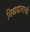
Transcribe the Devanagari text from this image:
निधधानाची